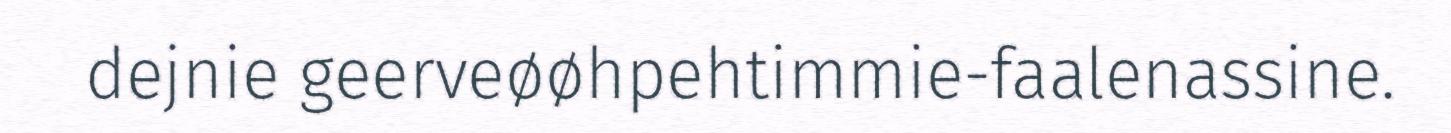
dejnie geerveøøhpehtimmie-faalenassine.